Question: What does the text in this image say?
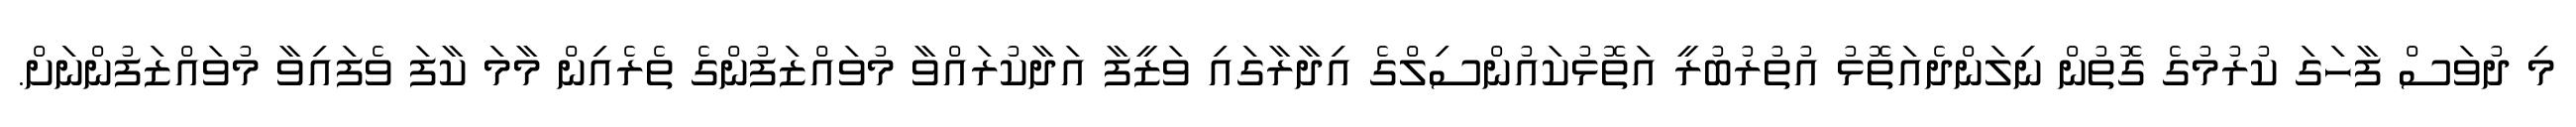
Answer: މި ދުވަސް ފާހަގަ ކުރުމުގެ ގޮތުން ނިލަންދެއަތޮޅު އުތުރުބުރީ އަތޮޅުކައުންސިލްގެ އިދާރާގައި ވަޒީފާ އަދާކުރައްވާ މުވައްޒަފުންގެ ތެރެއިން މާމަ ކާފަ ވެފައިވާ މުވައްޒަފުންނަށް.